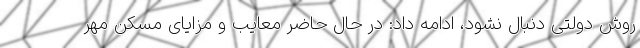
روش دولتی دنبال نشود، ادامه داد: در حال حاضر معایب و مزایای مسکن مهر